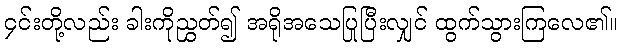
၄င်းတို့လည်း ခါးကိုညွှတ်၍ အရိုအသေပြုပြီးလျှင် ထွက်သွားကြလေ၏။